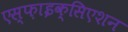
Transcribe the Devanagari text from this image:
एस्फ़ाइक्सिएशन